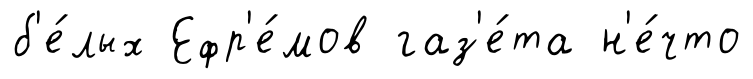
б'е́лых Ефр'е́мов газ'е́та н'е́что